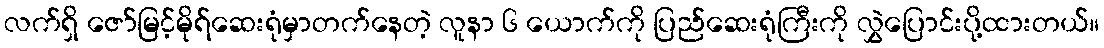
လက်ရှိ ဇော်မြင့်မိုရ်ဆေးရုံမှာတက်နေတဲ့ လူနာ ၆ ယောက်ကို ပြည်ဆေးရုံကြီးကို လွှဲပြောင်းပို့ထားတယ်။